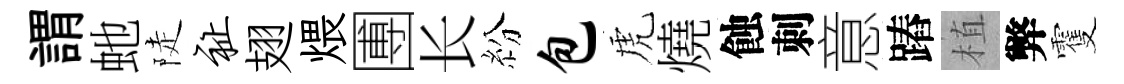
謂虵陡祉翅煨圑长紛包虎燒蝕刺意蹖植弊䨥